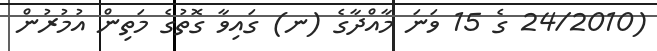
(24/2010 ގެ 15 ވަނަ މާއްދާގެ (ނ) ގައިވާ ގޮތުގެ މަތިން އުމުރުން